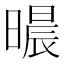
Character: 𣊐